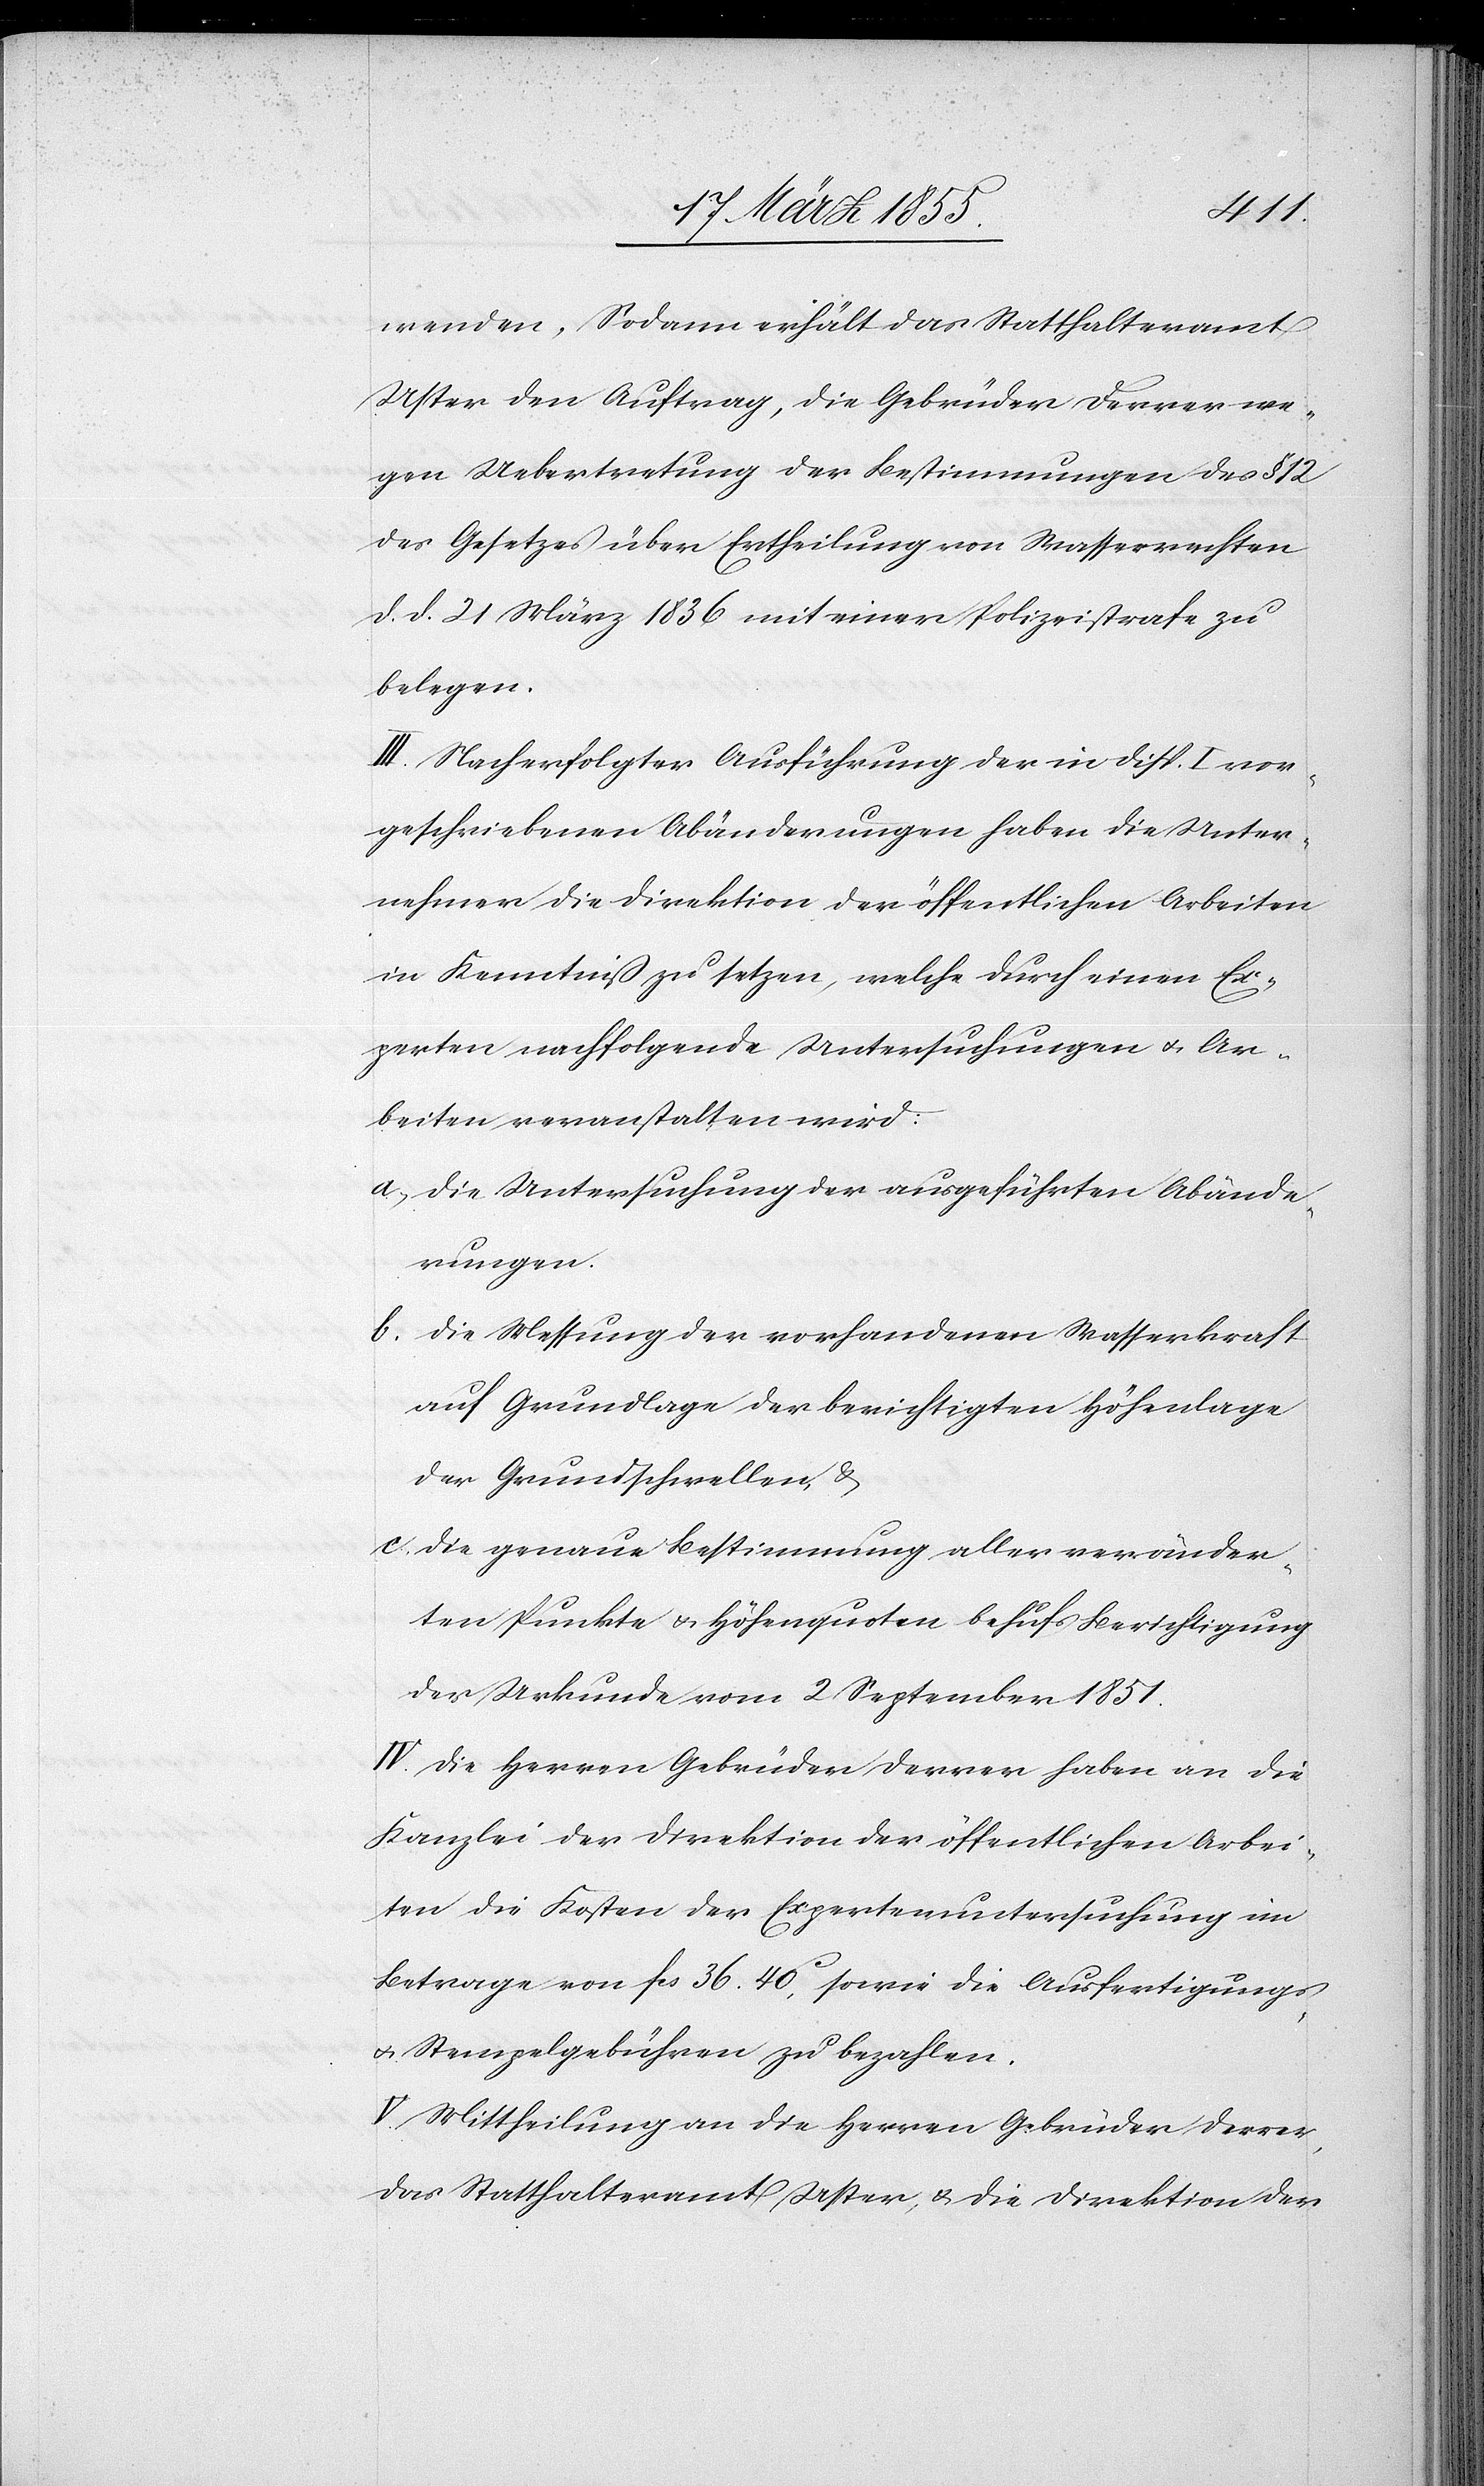
wenden. Sodann erhält das Statthalteramt
Uster den Auftrag, die Gebrüder Derrer we¬
gen Uebertretung der Bestimmungen des § 12
des Gesetzes über Ertheilung von Wasserrechten
d. d. 21 März 1836 mit einer Polizeistrafe zu
belegen.
III. Nach erfolgter Ausführung der in Disp. I vor¬
geschriebenen Abänderungen haben die Unter¬
nehmer die Direktion der öffentlichen Arbeiten
in Kenntniß zu setzen, welche durch einen Ex¬
perten nachfolgende Untersuchungen & Ar¬
beiten veranstalten wird:
die Untersuchung der ausgeführten Abände¬
rungen.
die Messung der vorhandenen Wasserkraft
auf Grundlage der berichtigten Höhenlage
der Grundschwellen, &
die genaue Bestimmung aller veränder¬
ten Punkte & Höhenquoten behufs Berichtigung
der Urkunde vom 2 September 1851.
IV. Die Herren Gebrüder Derrer haben an die
Kanzlei der Direktion der öffentlichen Arbei¬
ten die Kosten der Expertenuntersuchung im
Betrage von fcs 36. 40c, sowie die Ausfertigungs-
& Stempelgebühren zu bezahlen.
V. Mittheilung an die Herren Gebrüder Derrer,
das Statthalteramt Uster, & die Direktion der